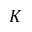
K